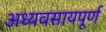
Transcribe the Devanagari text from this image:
अध्यवसायपूर्ण